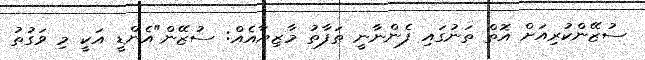
ސުޒޭންކުރިއަށް އޮތް ތަނުގައި ފެންނާނީ ތަފާތު މާޒިޔާއެއް: ސުޒޭން"އެންޑީ އަކީ މި ވަގުތު